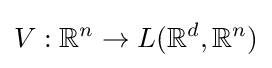
V:\mathbb {R} ^{n}\rightarrow L(\mathbb {R} ^{d},\mathbb {R} ^{n})